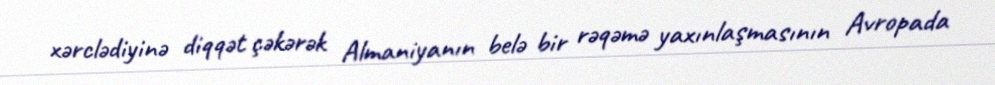
xərclədiyinə diqqət çəkərək Almaniyanın belə bir rəqəmə yaxınlaşmasının Avropada